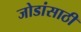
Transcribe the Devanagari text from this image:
जोडांसाठी